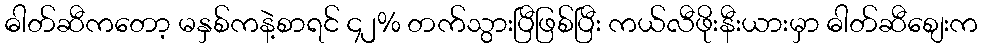
ဓါတ်ဆီကတော့ မနှစ်ကနဲ့စာရင် ၄၂% တက်သွားပြီဖြစ်ပြီး ကယ်လီဖိုးနီးယားမှာ ဓါတ်ဆီစျေးက